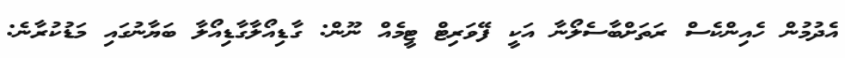
އެދުމުން ހެއިންކެސް ރަތަށްބާސެލޯނާ އަކީ ފޭވަރިޓް ޓީމެއް ނޫން: ގާޑިއޯލާގާޑިއޯލާ ބަޔާނުގައި މަޑުކުރާނެ: